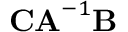
\mathbf { C A } ^ { - 1 } \mathbf { B }